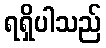
ရရှိပါသည်